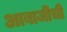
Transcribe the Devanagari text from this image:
आबाजीची